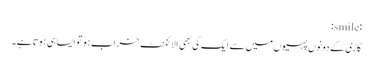
:smile:
گاڑی کے دونوں پہیوں‌میں سے ایک کی بھی الائنمنٹ خراب ہو تو ایسا ہی ہوتا ہے۔